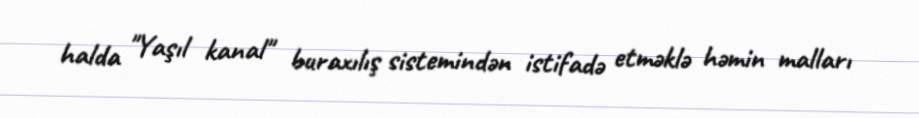
halda "Yaşıl kanal" buraxılış sistemindən istifadə etməklə həmin malları